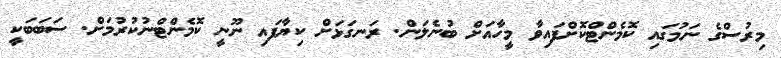
މިރުސްގެ ނަމުގައި ކޮމެންޓްކޮށްފައިވާ މީހާއަށް ބުނެލަން. ރަނގަޅަށް ކިޔާފައި ނޫނީ ކޮމެންޓްނުކުރުމަށް. ސަބަބަކީ